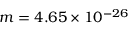
m = 4 . 6 5 \times 1 0 ^ { - 2 6 }